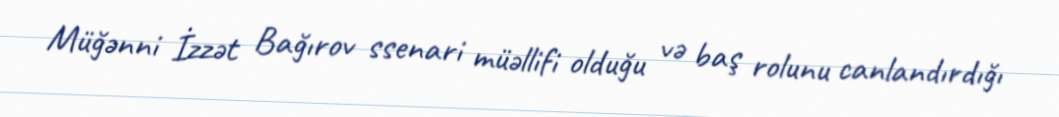
Müğənni İzzət Bağırov ssenari müəllifi olduğu və baş rolunu canlandırdığı